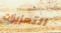
التعزيزات